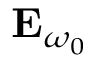
\mathbf { E } _ { \omega _ { 0 } }